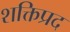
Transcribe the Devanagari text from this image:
शक्तिप्रद